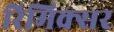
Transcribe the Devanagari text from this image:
रिमिक्सर